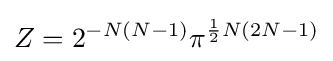
Z=2^{-N(N-1)}\pi ^{{\frac {1}{2}}N(2N-1)}